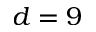
d = 9